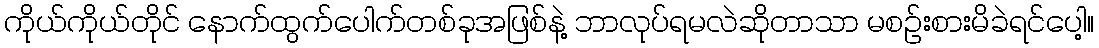
ကိုယ်ကိုယ်တိုင် နောက်ထွက်ပေါက်တစ်ခုအဖြစ်နဲ့ ဘာလုပ်ရမလဲဆိုတာသာ မစဉ်းစားမိခဲရင်ပေါ့။